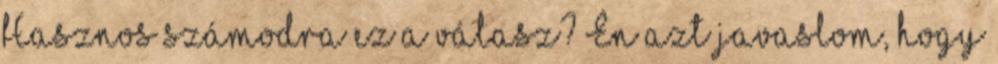
Hasznos számodra ez a válasz? Én azt javaslom, hogy